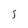
Character: 5